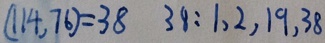
( 1 1 4 , 7 6 ) = 3 8 3 8 : 1 , 2 , 1 9 , 3 8